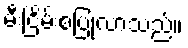
မီးငြိမ်းစပြုလာသည်။